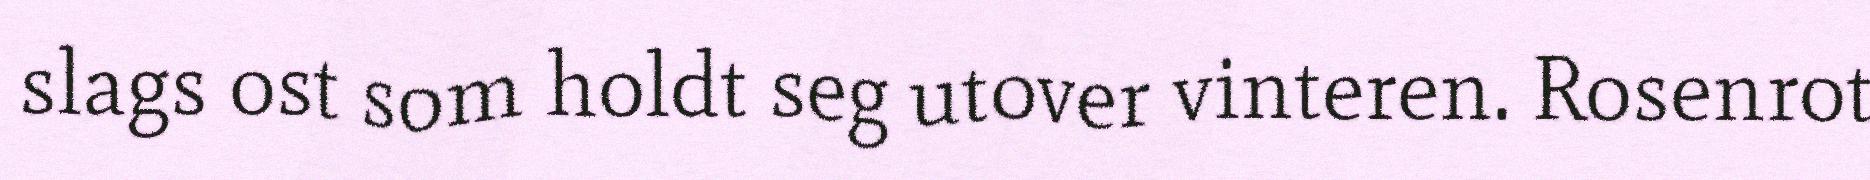
slags ost som holdt seg utover vinteren. Rosenrot